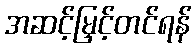
အဆင့်မြှင့်တင်ရန်